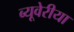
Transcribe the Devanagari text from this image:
ब्‍यूवेरीया